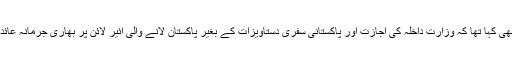
انہوں نے یہ بھی کہا تھا کہ وزارتِ داخلہ کی اجازت اور پاکستانی سفری دستاویزات کے بغیر پاکستان لانے والی ائیر لائن پر بھاری جرمانہ عائد کیا جائے گا۔